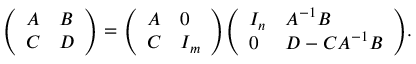
{ \left( \begin{array} { l l } { A } & { B } \\ { C } & { D } \end{array} \right) } = { \left( \begin{array} { l l } { A } & { 0 } \\ { C } & { I _ { m } } \end{array} \right) } { \left( \begin{array} { l l } { I _ { n } } & { A ^ { - 1 } B } \\ { 0 } & { D - C A ^ { - 1 } B } \end{array} \right) } .